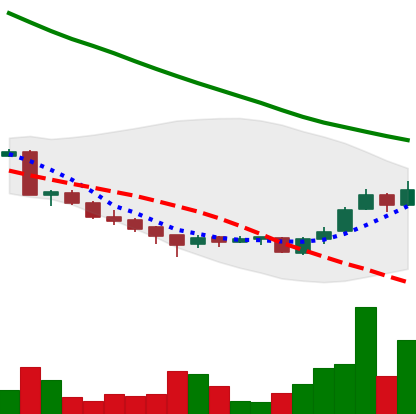
Ticker: ADA-USD
Chart end date: 2018-09-23
Forward return: -6.375%
Label: down_5_7